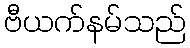
ဗီယက်နမ်သည်